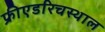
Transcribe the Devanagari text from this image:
फ्रीएडरिचस्थाल